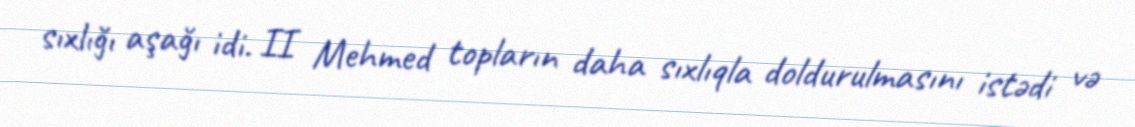
sıxlığı aşağı idi. II Mehmed topların daha sıxlıqla doldurulmasını istədi və